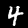
Digit: 4